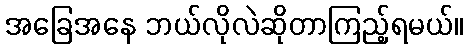
အခြေအနေ ဘယ်လိုလဲဆိုတာကြည့်ရမယ်။